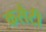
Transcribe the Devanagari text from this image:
कसैटी